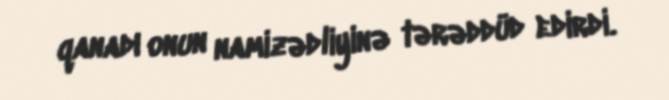
qanadı onun namizədliyinə tərəddüd edirdi.